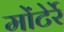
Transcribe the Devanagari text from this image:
मोंटेर्रे